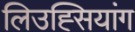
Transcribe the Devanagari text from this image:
लिउह्सियांग